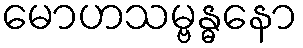
မောဟသမ္ဗန္ဓနော